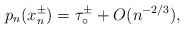
\begin{align*}p_{n}(x_{n}^{\pm}) = \tau_\circ^\pm + O(n^{-2/3}),\end{align*}